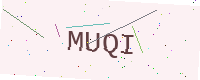
Text: MUQI